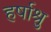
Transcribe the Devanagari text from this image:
हर्षाश्रु